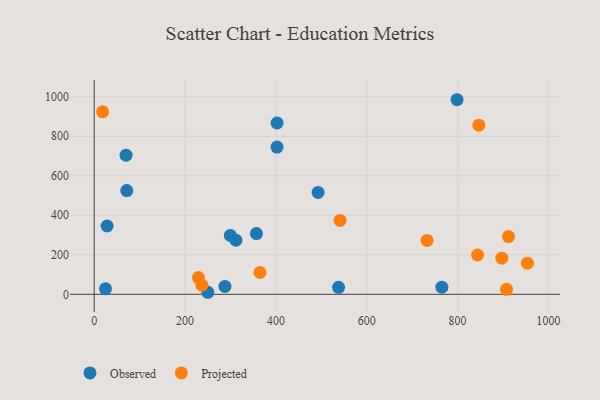
{"axis": {"x": "Ad Spend", "y": "Rating"}, "legend": ["Observed", "Projected"], "data": [{"x": "71.7", "y": 525.1, "type": "Observed"}, {"x": "70.1", "y": 704.4, "type": "Observed"}, {"x": "798.8", "y": 985.0, "type": "Observed"}, {"x": "28.4", "y": 345.9, "type": "Observed"}, {"x": "24.8", "y": 28.0, "type": "Observed"}, {"x": "311.9", "y": 273.9, "type": "Observed"}, {"x": "250.1", "y": 10.3, "type": "Observed"}, {"x": "402.4", "y": 745.1, "type": "Observed"}, {"x": "299.6", "y": 297.9, "type": "Observed"}, {"x": "402.6", "y": 867.1, "type": "Observed"}, {"x": "492.8", "y": 515.9, "type": "Observed"}, {"x": "765.4", "y": 36.3, "type": "Observed"}, {"x": "537.9", "y": 35.5, "type": "Observed"}, {"x": "357.1", "y": 307.4, "type": "Observed"}, {"x": "287.8", "y": 40.0, "type": "Observed"}, {"x": "846.7", "y": 856.1, "type": "Projected"}, {"x": "953.6", "y": 157.8, "type": "Projected"}, {"x": "732.9", "y": 273.0, "type": "Projected"}, {"x": "18.5", "y": 923.5, "type": "Projected"}, {"x": "237.0", "y": 46.3, "type": "Projected"}, {"x": "541.2", "y": 374.1, "type": "Projected"}, {"x": "229.5", "y": 84.9, "type": "Projected"}, {"x": "907.8", "y": 25.3, "type": "Projected"}, {"x": "364.9", "y": 110.4, "type": "Projected"}, {"x": "897.4", "y": 183.0, "type": "Projected"}, {"x": "912.1", "y": 292.3, "type": "Projected"}, {"x": "843.9", "y": 199.1, "type": "Projected"}]}